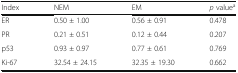
| Index | NEM | EM | p valuea |
 | --- | --- | --- | --- |
 | ER | 0.50 ± 1.00 | 0.56 ± 0.91 | 0.478 |
 | PR | 0.21 ± 0.51 | 0.12 ± 0.44 | 0.207 |
 | p53 | 0.93 ± 0.97 | 0.77 ± 0.61 | 0.769 |
 | Ki-67 | 32.54 ± 24.15 | 32.35 ± 19.30 | 0.662 |